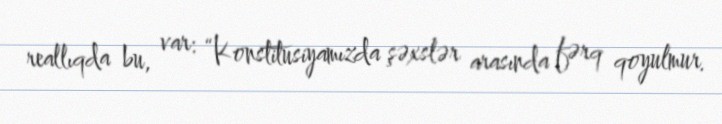
reallıqda bu, var: “Konstitusiyamızda şəxslər arasında fərq qoyulmur.